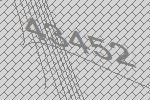
43452